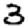
Digit: 3